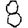
Digit: 8